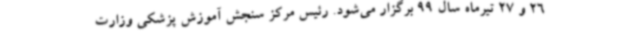
26 و 27 تیرماه سال 99 برگزار می‌شود. رئیس مرکز سنجش آموزش پزشکی وزارت